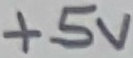
Text: +5V